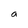
Character: a